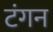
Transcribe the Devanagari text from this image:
टंगन